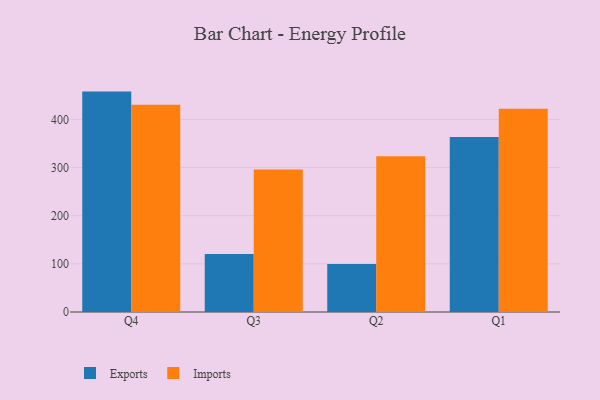
{"axis": {"x": "Quarter", "y": "Conversion Rate (%)"}, "legend": ["Exports", "Imports"], "data": [{"x": "Q4", "y": 457.8, "type": "Exports"}, {"x": "Q4", "y": 430.4, "type": "Imports"}, {"x": "Q3", "y": 120.6, "type": "Exports"}, {"x": "Q3", "y": 295.8, "type": "Imports"}, {"x": "Q2", "y": 99.7, "type": "Exports"}, {"x": "Q2", "y": 323.3, "type": "Imports"}, {"x": "Q1", "y": 363.3, "type": "Exports"}, {"x": "Q1", "y": 422.3, "type": "Imports"}]}